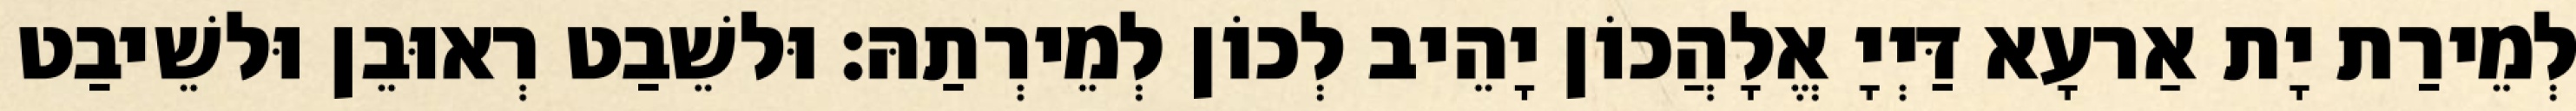
לְמֵירַת יָת אַרעָא דַּיְיָ אֱלָהֲכוֹן יָהֵיב לְכוֹן לְמֵירְתַהּ׃ וּלשֵׁבַט רְאוּבֵן וּלשֵׁיבַט